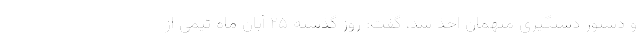
و دستور دستگیری متهمان اخذ شد، گفت: روز گذشته ۲۵ آبان ماه تیمی از